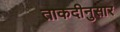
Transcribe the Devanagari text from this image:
ताकदीनुसार